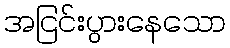
အငြင်းပွားနေသော